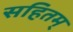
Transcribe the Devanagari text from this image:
सहितम्